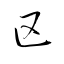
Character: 区